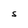
Character: S